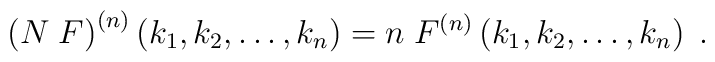
\left(N\; F\right)^{(n)}\left(k_1,k_2, \ldots, k_n\right)=n\;F^{(n)}\left(k_1,k_2, \ldots, k_n\right)\;.